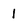
Character: 1